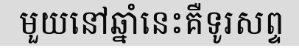
មួយនៅឆ្នាំនេះគឺទូរសព្ទ